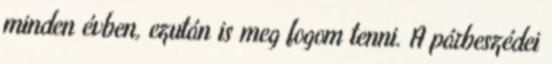
minden évben, ezután is meg fogom tenni. A párbeszédei